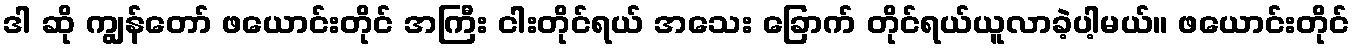
ဒါ ဆို ကျွန်တော် ဖယောင်းတိုင် အကြီး ငါးတိုင်ရယ် အသေး ခြောက် တိုင်ရယ်ယူလာခဲ့ပါ့မယ်။ ဖယောင်းတိုင်